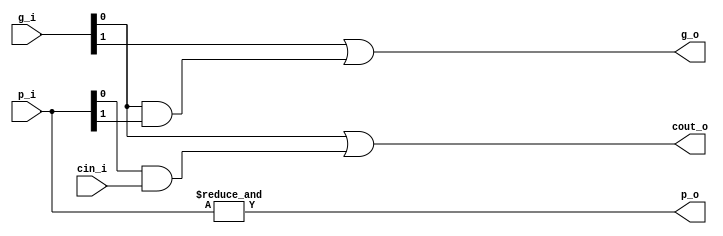
module prop_gen
(
input cin_i,
input [1:0] p_i,
input [1:0] g_i,
output cout_o,
output p_o,
output g_o
);

assign cout_o = g_i[0] | p_i[0] & cin_i;
assign p_o = &p_i;
assign g_o = g_i[1] | g_i[0] & p_i[1];

endmodule